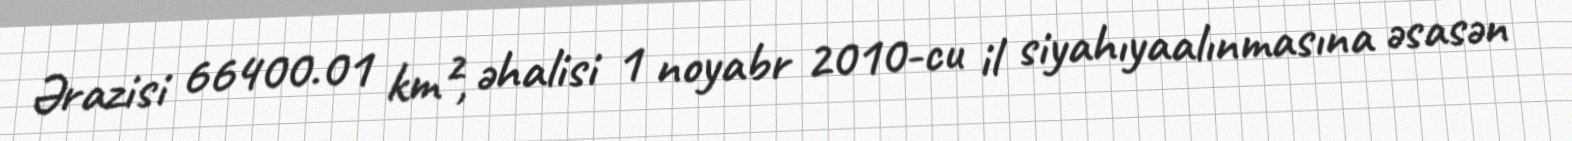
Ərazisi 66400.01 km², əhalisi 1 noyabr 2010-cu il siyahıyaalınmasına əsasən